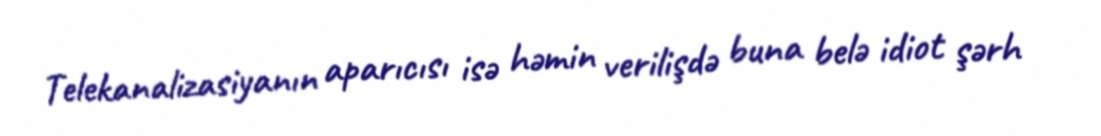
Telekanalizasiyanın aparıcısı isə həmin verilişdə buna belə idiot şərh